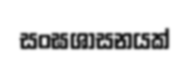
සංඝශාසනයක්